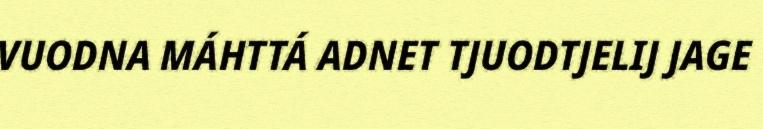
VUODNA MÁHTTÁ ADNET TJUODTJELIJ JAGE